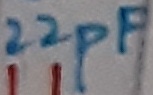
Text: 22pF